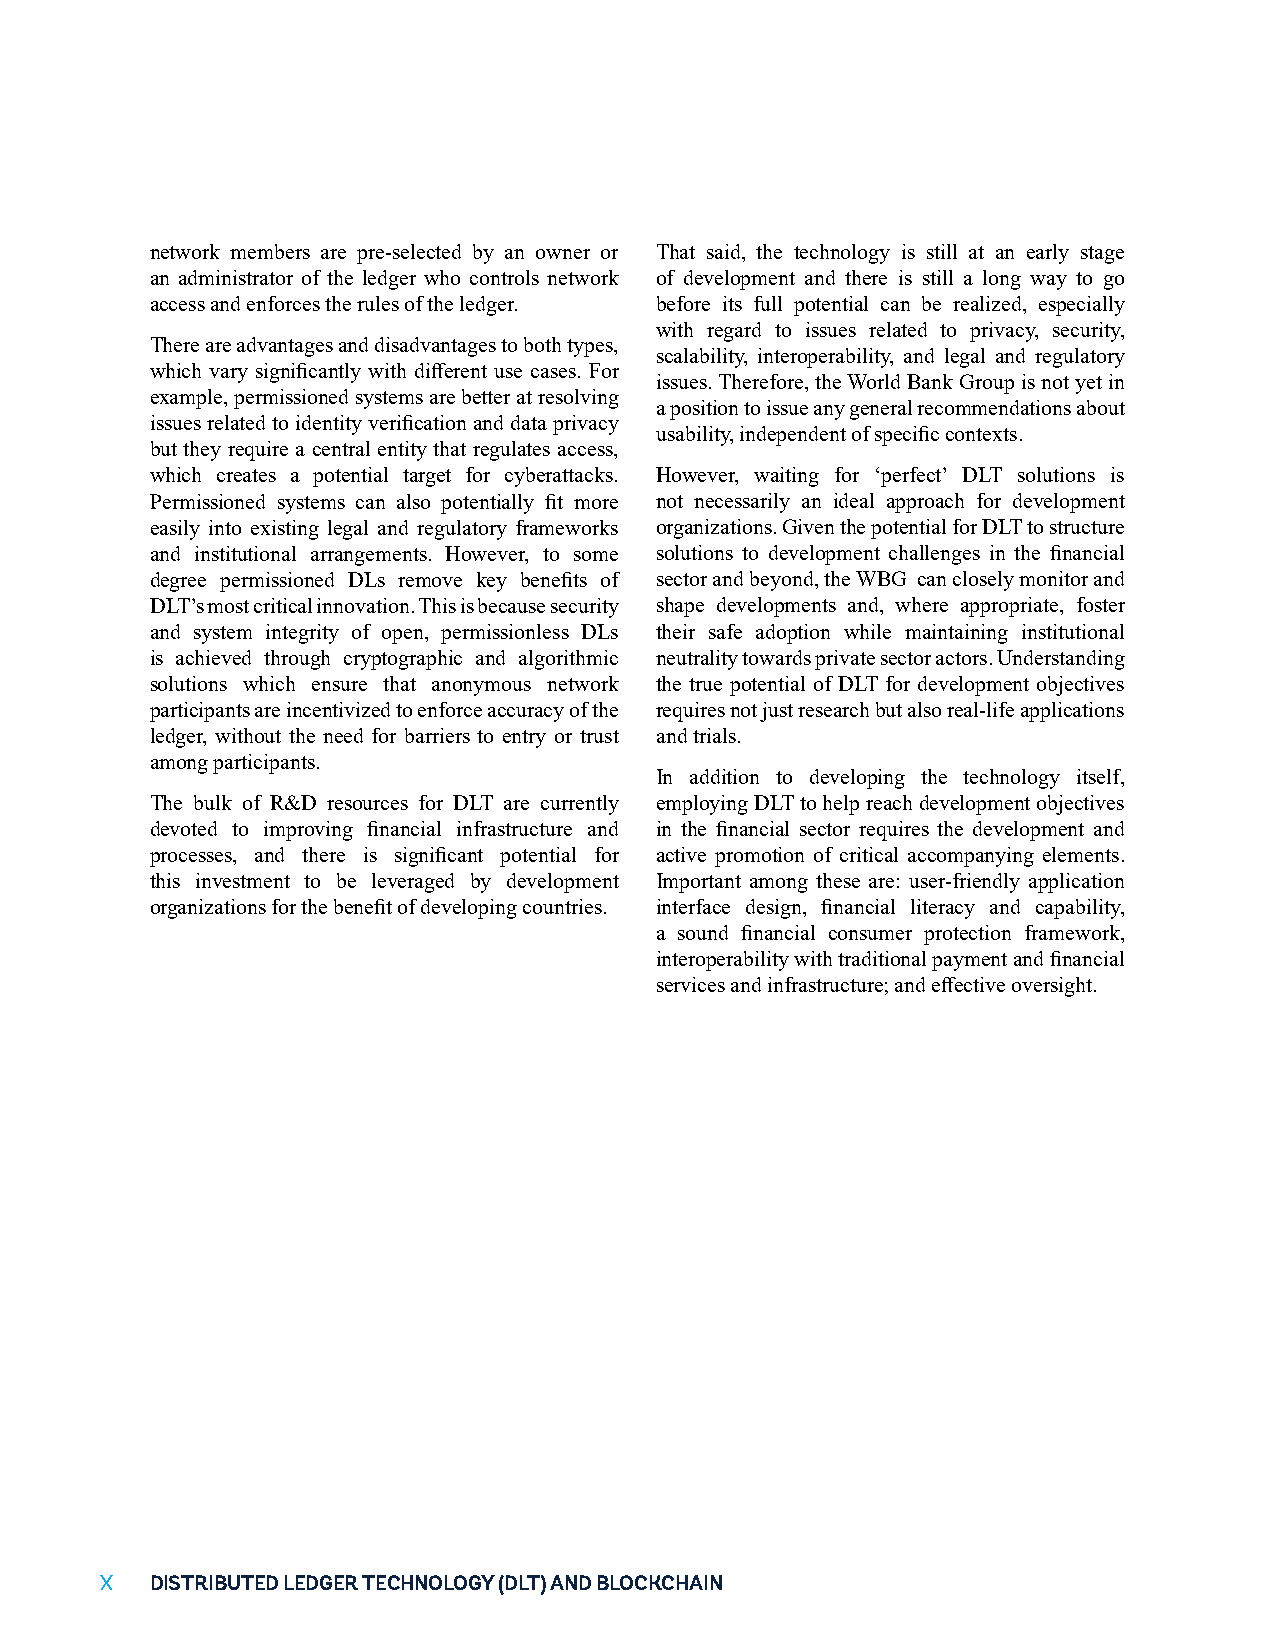
network members are pre-selected by an owner or That said, the technology is still at an early stage
 an administrator of the ledger who controls network of development and there is still a long way to go
 access and enforces the rules of the ledger. before its full potential can be realized, especially
 with regard to issues related to privacy, security,
 There are advantages and disadvantages to both types,
 scalability, interoperability, and legal and regulatory
 which vary significantly with different use cases. For
 issues. Therefore, the World Bank Group is not yet in
 example, permissioned systems are better at resolving
 a position to issue any general recommendations about
 issues related to identity verification and data privacy
 usability, independent of specific contexts.
 but they require a central entity that regulates access,
 which creates a potential target for cyberattacks. However, waiting for ‘perfect’ DLT solutions is
 Permissioned systems can also potentially fit more not necessarily an ideal approach for development
 easily into existing legal and regulatory frameworks organizations. Given the potential for DLT to structure
 and institutional arrangements. However, to some solutions to development challenges in the financial
 degree permissioned DLs remove key benefits of sector and beyond, the WBG can closely monitor and
 DLT’s most critical innovation. This is because security shape developments and, where appropriate, foster
 and system integrity of open, permissionless DLs their safe adoption while maintaining institutional
 is achieved through cryptographic and algorithmic neutrality towards private sector actors. Understanding
 solutions which ensure that anonymous network the true potential of DLT for development objectives
 participants are incentivized to enforce accuracy of the requires not just research but also real-life applications
 ledger, without the need for barriers to entry or trust and trials.
 among participants.
 In addition to developing the technology itself,
 The bulk of R&D resources for DLT are currently employing DLT to help reach development objectives
 devoted to improving financial infrastructure and in the financial sector requires the development and
 processes, and there is significant potential for active promotion of critical accompanying elements.
 this investment to be leveraged by development Important among these are: user-friendly application
 organizations for the benefit of developing countries. interface design, financial literacy and capability,
 a sound financial consumer protection framework,
 interoperability with traditional payment and financial
 services and infrastructure; and effective oversight.
 XX DISTRIBUTED LEDGER TECHNOLOGY (DLT) AND BLOCKCHAIN